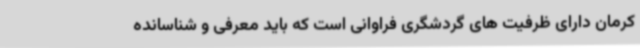
کرمان دارای ظرفیت های گردشگری فراوانی است که باید معرفی و شناسانده